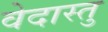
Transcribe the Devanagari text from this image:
वेदास्तु